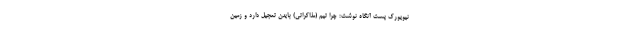
نیویورک پست آنگاه نوشت: چرا تیم (مذاکراتی) بایدن تعجیل دارد و زمین